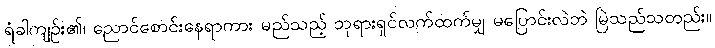
ရံခါကျဉ်း၏၊ ညောင်စောင်းနေရာကား မည်သည့် ဘုရားရှင်လက်ထက်မျှ မပြောင်းလဲဘဲ မြဲသည်သတည်း။